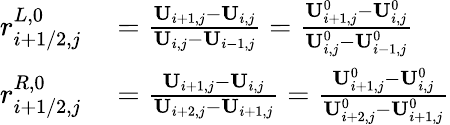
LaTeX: \begin{array}{rl}{r_{i+1/2,j}^{L,0}}&{{}=\frac{\mathbf{U}_{i+1,j}-\mathbf{U}_{i,j}}{\mathbf{U}_{i,j}-\mathbf{U}_{i-1,j}}=\frac{\mathbf{U}_{i+1,j}^{0}-\mathbf{U}_{i,j}^{0}}{\mathbf{U}_{i,j}^{0}-\mathbf{U}_{i-1,j}^{0}}}\\ {r_{i+1/2,j}^{R,0}}&{{}=\frac{\mathbf{U}_{i+1,j}-\mathbf{U}_{i,j}}{\mathbf{U}_{i+2,j}-\mathbf{U}_{i+1,j}}=\frac{\mathbf{U}_{i+1,j}^{0}-\mathbf{U}_{i,j}^{0}}{\mathbf{U}_{i+2,j}^{0}-\mathbf{U}_{i+1,j}^{0}}}\end{array}